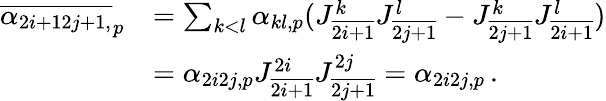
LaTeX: \begin{array}{rl}{\overline{{\alpha_{2i+12j+1,}}}_{p}}&{=\sum_{k<l}\alpha_{kl,p}(J_{\overline{{2i+1}}}^{k}J_{\overline{{2j+1}}}^{l}-J_{\overline{{2j+1}}}^{k}J_{\overline{{2i+1}}}^{l})}\\ &{=\alpha_{2i2j,p}J_{\overline{{2i+1}}}^{2i}J_{\overline{{2j+1}}}^{2j}=\alpha_{2i2j,p}\, .}\end{array}